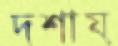
দশায়